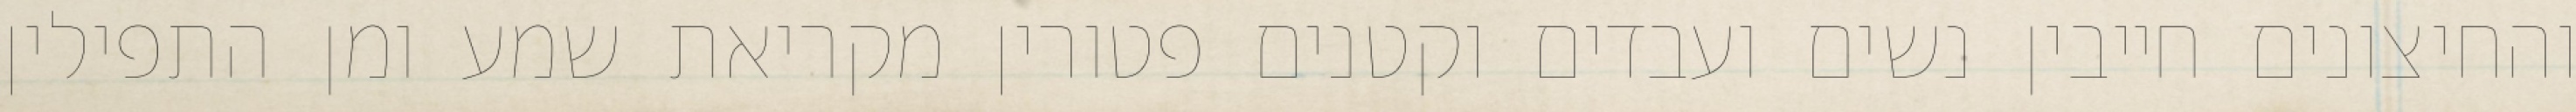
והחיצונים חייבין נשים ועבדים וקטנים פטורין מקריאת שמע ומן התפילין